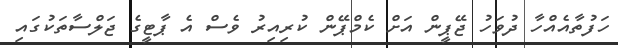
ހަފުތާއެއްހާ ދުވަހު ޖޭޕީން އަށް ކެމްޕޭން ކުރިއިރު ވެސް އެ ޕާޓީގެ ޖަލްސާތަކުގައި